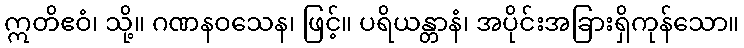
ဣတိဧဝံ၊ သို့။ ဂဏနဝသေန၊ ဖြင့်။ ပရိယန္တာနံ၊ အပိုင်းအခြားရှိကုန်သော။